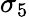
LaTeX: \sigma_{5}